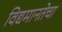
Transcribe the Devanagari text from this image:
विद्यमानतेचा